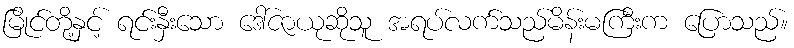
မြိုင်တို့နှင့် ရင်းနှီးသော ဒေါ်ဇာယုဆိုသူ အရပ်လက်သည်မိန်းမကြီးက ပြောသည်။